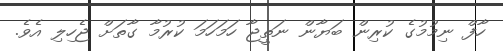
ހާފް ނިމުމުގެ ކުރިން ބަޔާން ނަތީޖާ ހަމަހަމަ ކުރުމާ ގާތަށް ޖެހިލި އެވެ.